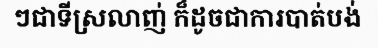
ៗជាទីស្រលាញ់ ក៏ដូចជាការបាត់បង់